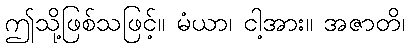
ဤသို့ဖြစ်သဖြင့်။ မံယာ၊ ငါ့အား။ အဇာတိ၊